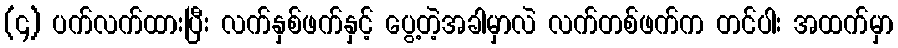
(၄) ပက်လက်ထားပြီး လက်နှစ်ဖက်နှင့် ပွေ့တဲ့အခါမှာလဲ လက်တစ်ဖက်က တင်ပါး အထက်မှာ